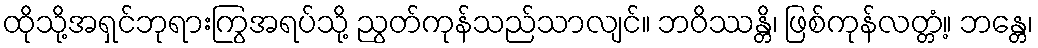
ထိုသို့အရှင်ဘုရားကြွအရပ်သို့ ညွတ်ကုန်သည်သာလျင်။ ဘဝိဿန္တိ၊ ဖြစ်ကုန်လတ္တံ့။ ဘန္တေ၊